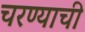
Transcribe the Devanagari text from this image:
चरण्याची